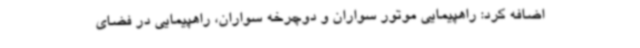
اضافه کرد: راهپیمایی موتور سواران و دوچرخه سواران، راهپیمایی در فضای